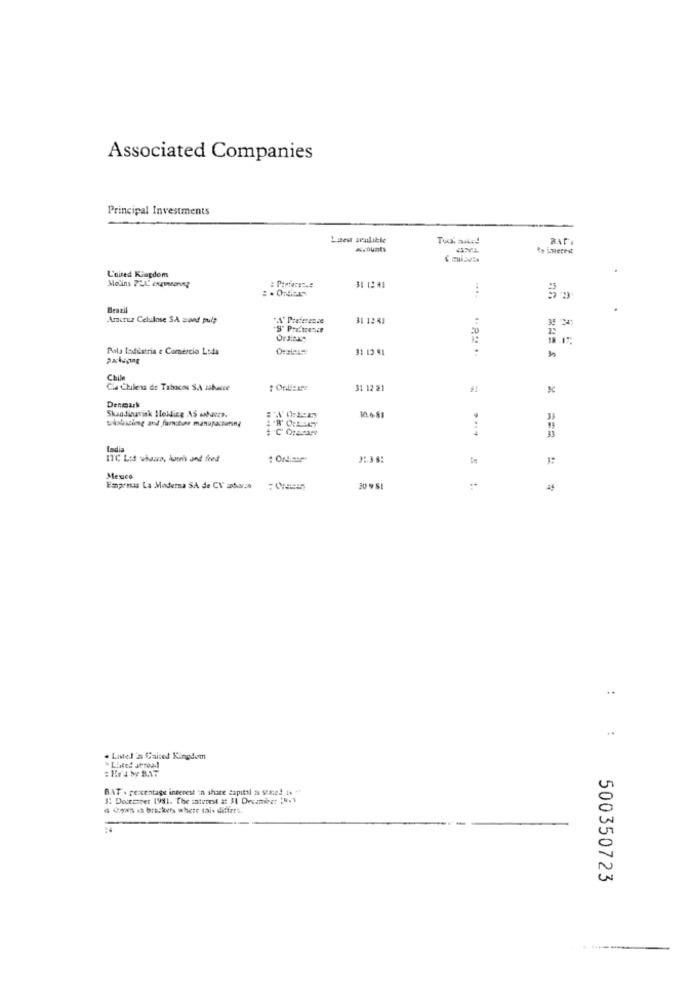
Associated Companies
Principal Investments
Luzes sealikle
BATI
Ro imerest
L'nired Kingdom
: Prefersz.e
34 12 41
na
Brazil
Amcruz Celulose SA wond pulp
31 12 13
20
Pola ladistria e Comércio Loda
31 13 41
Chile
Cla Chilena de Tabacos S.A zabauce
31 12 21
Skandinavisk Holding AS Ibares.
Dermuk
sushiting and furniture manufacnanny
.. ....
= ===
ladia
ITC Lit whawa, howis and fred
Meuco
Empemas La Moderna SA de CV zdarza
30 981
:
. Latel in Caitel Kingdom
BAT . percentage interest in share capital is seined in **
3. December 1991. The interest at 31 Decamiher 19.1
d Cows in brackets where mais diftres.
500350723